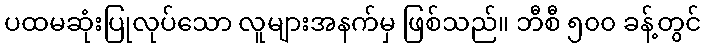
ပထမဆုံးပြုလုပ်သော လူများအနက်မှ ဖြစ်သည်။ ဘီစီ ၅၀၀ ခန့်တွင်